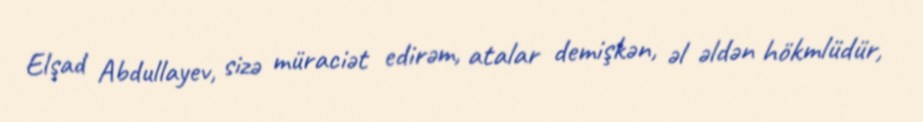
Elşad Abdullayev, sizə müraciət edirəm, atalar demişkən, əl əldən hökmlüdür,